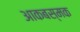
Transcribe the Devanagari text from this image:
आकबस्मक